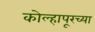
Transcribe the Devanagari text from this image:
कोल्‍हापूरच्या